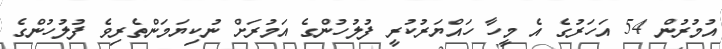
އުމުރުން 54 އަހަރުގެ އެ މީހާ ހައްޔަރުކުރީ ފުލުހުންގެ އަމުރަށް ނުކިޔަމަންތެރިވެ ފުލުހުންގެ